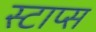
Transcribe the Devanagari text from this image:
स्टाप्स